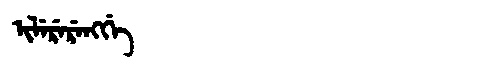
Manchu: ᡳᠯᡝᡵᡝᡵᡝᠩᡤᡝ
Romanization: ILERERENGGE